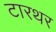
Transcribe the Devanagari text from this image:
टारथर